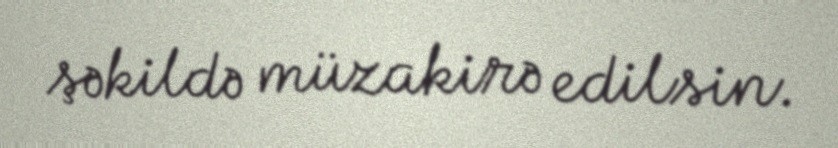
şəkildə müzakirə edilsin.